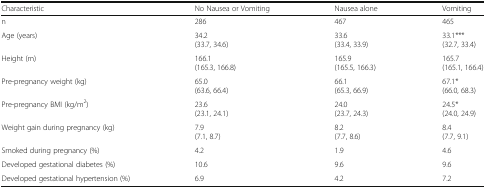
| Characteristic | No Nausea or Vomiting | Nausea alone | Vomiting |
 | --- | --- | --- | --- |
 | n | 286 | 467 | 465 |
 | Age (years) | 34.2(33.7, 34.6) | 33.6(33.4, 33.9) | 33.1***(32.7, 33.4) |
 | Height (m) | 166.1(165.3, 166.8) | 165.9(165.5, 166.3) | 165.7(165.1, 166.4) |
 | Pre-pregnancy weight (kg) | 65.0(63.6, 66.4) | 66.1(65.3, 66.9) | 67.1*(66.0, 68.3) |
 | Pre-pregnancy BMI (kg/m2) | 23.6(23.1, 24.1) | 24.0(23.7, 24.3) | 24.5*(24.0, 24.9) |
 | Weight gain during pregnancy (kg) | 7.9(7.1, 8.7) | 8.2(7.7, 8.6) | 8.4(7.7, 9.1) |
 | Smoked during pregnancy (%) | 4.2 | 1.9 | 4.6 |
 | Developed gestational diabetes (%) | 10.6 | 9.6 | 9.6 |
 | Developed gestational hypertension (%) | 6.9 | 4.2 | 7.2 |